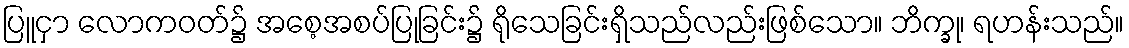
ပြူငှာ လောကဝတ်၌ အစေ့အစပ်ပြုခြင်း၌ ရိုသေခြင်းရှိသည်လည်းဖြစ်သော။ ဘိက္ခု၊ ရဟန်းသည်။